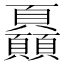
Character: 𩖏